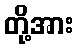
တို့အား